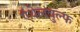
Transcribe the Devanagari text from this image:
ऍथेलवुल्फ